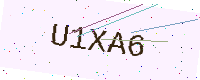
Text: U1XA6